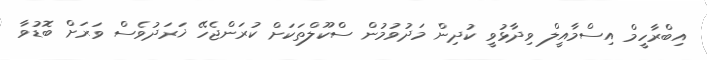
އިބްރާހީމް އިސްމާއީލް ވިދާޅުވީ ކުދިން މަދުވުމުން ސްކޫލްތަކަށް ކުރަންޖެހޭ ޚަރަދުވެސް ވަރަށް ބޮޑުވާ